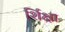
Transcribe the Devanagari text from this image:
र्शिक्षा